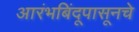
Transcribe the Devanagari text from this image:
आरंभबिंदूपासूनचे